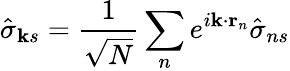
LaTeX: \hat{\sigma}_{\textbf{k}s}=\frac{1}{\sqrt{N}}\sum_{n}e^{i\textbf{k}\cdot\textbf{r}_{n}}\hat{\sigma}_{ns}